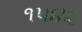
૧૫૪૨